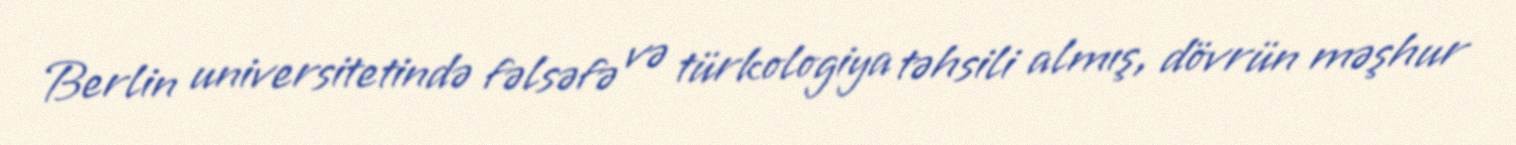
Berlin universitetində fəlsəfə və türkologiya təhsili almış, dövrün məşhur